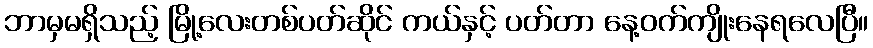
ဘာမှမရှိသည့် မြို့လေးတစ်ပတ်ဆိုင် ကယ်နှင့် ပတ်တာ နေ့ဝက်ကျိုးနေရလေပြီ။